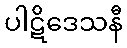
ပါဋိဒေသနီ